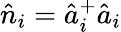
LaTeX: \hat{n}_{i}=\hat{a}_{i}^{+}\hat{a}_{i}